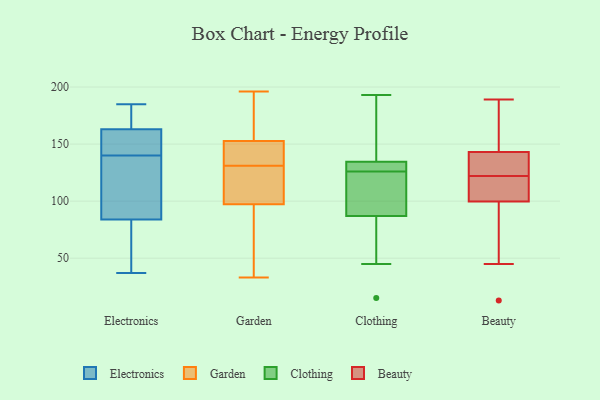
{"axis": {"x": "Shipments", "y": "Value"}, "legend": ["Beauty", "Clothing", "Electronics", "Garden"], "data": [{"x": "", "y": 169, "type": "Electronics"}, {"x": "", "y": 152, "type": "Electronics"}, {"x": "", "y": 143, "type": "Electronics"}, {"x": "", "y": 184, "type": "Electronics"}, {"x": "", "y": 86, "type": "Electronics"}, {"x": "", "y": 112, "type": "Electronics"}, {"x": "", "y": 137, "type": "Electronics"}, {"x": "", "y": 185, "type": "Electronics"}, {"x": "", "y": 46, "type": "Electronics"}, {"x": "", "y": 82, "type": "Electronics"}, {"x": "", "y": 37, "type": "Electronics"}, {"x": "", "y": 157, "type": "Electronics"}, {"x": "", "y": 33, "type": "Garden"}, {"x": "", "y": 65, "type": "Garden"}, {"x": "", "y": 126, "type": "Garden"}, {"x": "", "y": 131, "type": "Garden"}, {"x": "", "y": 192, "type": "Garden"}, {"x": "", "y": 136, "type": "Garden"}, {"x": "", "y": 134, "type": "Garden"}, {"x": "", "y": 110, "type": "Garden"}, {"x": "", "y": 98, "type": "Garden"}, {"x": "", "y": 95, "type": "Garden"}, {"x": "", "y": 140, "type": "Garden"}, {"x": "", "y": 191, "type": "Garden"}, {"x": "", "y": 196, "type": "Garden"}, {"x": "", "y": 106, "type": "Clothing"}, {"x": "", "y": 45, "type": "Clothing"}, {"x": "", "y": 96, "type": "Clothing"}, {"x": "", "y": 134, "type": "Clothing"}, {"x": "", "y": 136, "type": "Clothing"}, {"x": "", "y": 127, "type": "Clothing"}, {"x": "", "y": 55, "type": "Clothing"}, {"x": "", "y": 75, "type": "Clothing"}, {"x": "", "y": 128, "type": "Clothing"}, {"x": "", "y": 133, "type": "Clothing"}, {"x": "", "y": 190, "type": "Clothing"}, {"x": "", "y": 181, "type": "Clothing"}, {"x": "", "y": 126, "type": "Clothing"}, {"x": "", "y": 15, "type": "Clothing"}, {"x": "", "y": 114, "type": "Clothing"}, {"x": "", "y": 91, "type": "Clothing"}, {"x": "", "y": 193, "type": "Clothing"}, {"x": "", "y": 134, "type": "Beauty"}, {"x": "", "y": 103, "type": "Beauty"}, {"x": "", "y": 109, "type": "Beauty"}, {"x": "", "y": 139, "type": "Beauty"}, {"x": "", "y": 90, "type": "Beauty"}, {"x": "", "y": 45, "type": "Beauty"}, {"x": "", "y": 155, "type": "Beauty"}, {"x": "", "y": 189, "type": "Beauty"}, {"x": "", "y": 122, "type": "Beauty"}, {"x": "", "y": 163, "type": "Beauty"}, {"x": "", "y": 134, "type": "Beauty"}, {"x": "", "y": 103, "type": "Beauty"}, {"x": "", "y": 13, "type": "Beauty"}]}